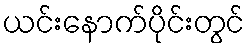
ယင်းနောက်ပိုင်းတွင်